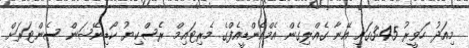
މިއަދު ހަވީރު 3:45ގައި އޭނާ ގެއްލިގެން އެމްއެންޑީއެފްގެ މެރިޓައިމް ރެސްކިޔު ކޯޑިނޭޝަން ސެންޓަރަށް